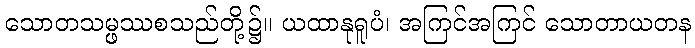
သောတသမ္ဖဿစသည်တို့၌။ ယထာနုရူပံ၊ အကြင်အကြင် သောတာယတန